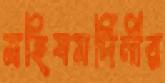
মহিষমর্দিনীর